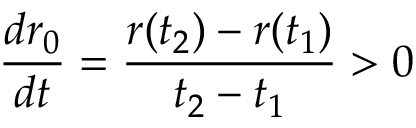
\frac { d r _ { 0 } } { d t } = \frac { r ( t _ { 2 } ) - r ( t _ { 1 } ) } { t _ { 2 } - t _ { 1 } } > 0